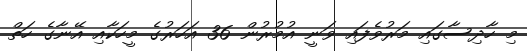
މި ހާދިސާގައި މަރުވެފައި ވަނީ އުމުރުން 36 އަހަރުގެ މީހަކާއި އޭނާގެ ހަތް